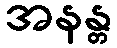
အနန္တ